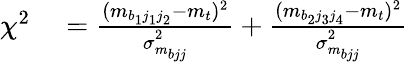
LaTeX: \begin{array}{rl}{\chi^{2}}&{{}=\frac{(m_{b_{1}j_{1}j_{2}}-m_{t})^{2}}{\sigma_{m_{bjj}}^{2}}+\frac{(m_{b_{2}j_{3}j_{4}}-m_{t})^{2}}{\sigma_{m_{bjj}}^{2}}}\end{array}